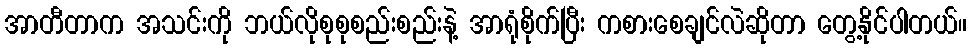
အာတီတာက အသင်းကို ဘယ်လိုစုစုစည်းစည်းနဲ့ အာရုံစိုက်ပြီး ကစားစေချင်လဲဆိုတာ တွေ့နိုင်ပါတယ်။